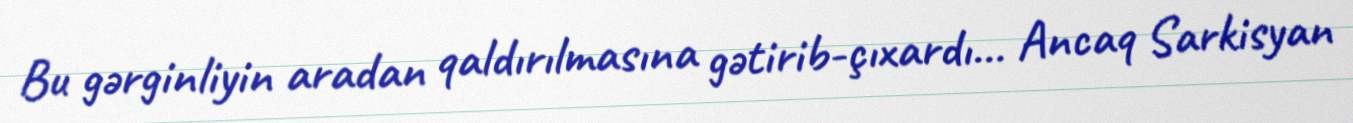
Bu gərginliyin aradan qaldırılmasına gətirib-çıxardı... Ancaq Sarkisyan